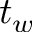
t _ { w }